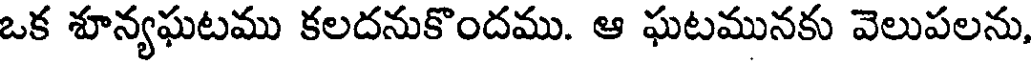
ఒక శూన్యఘటము కలదనుకొందము. ఆ ఘటమునకు వెలుపలను,